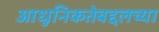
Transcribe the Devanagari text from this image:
आधुनिकतेबद्दलच्या